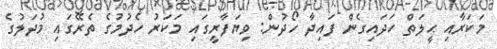
މަކަރާއި ޙީލަތް ހަދައިގެން ފައިދާ ހޯދުން: ވިޔަފާރީގައި މަކަރު ހެދުމުގެ ތެރޭގައި މުދަލުގެ